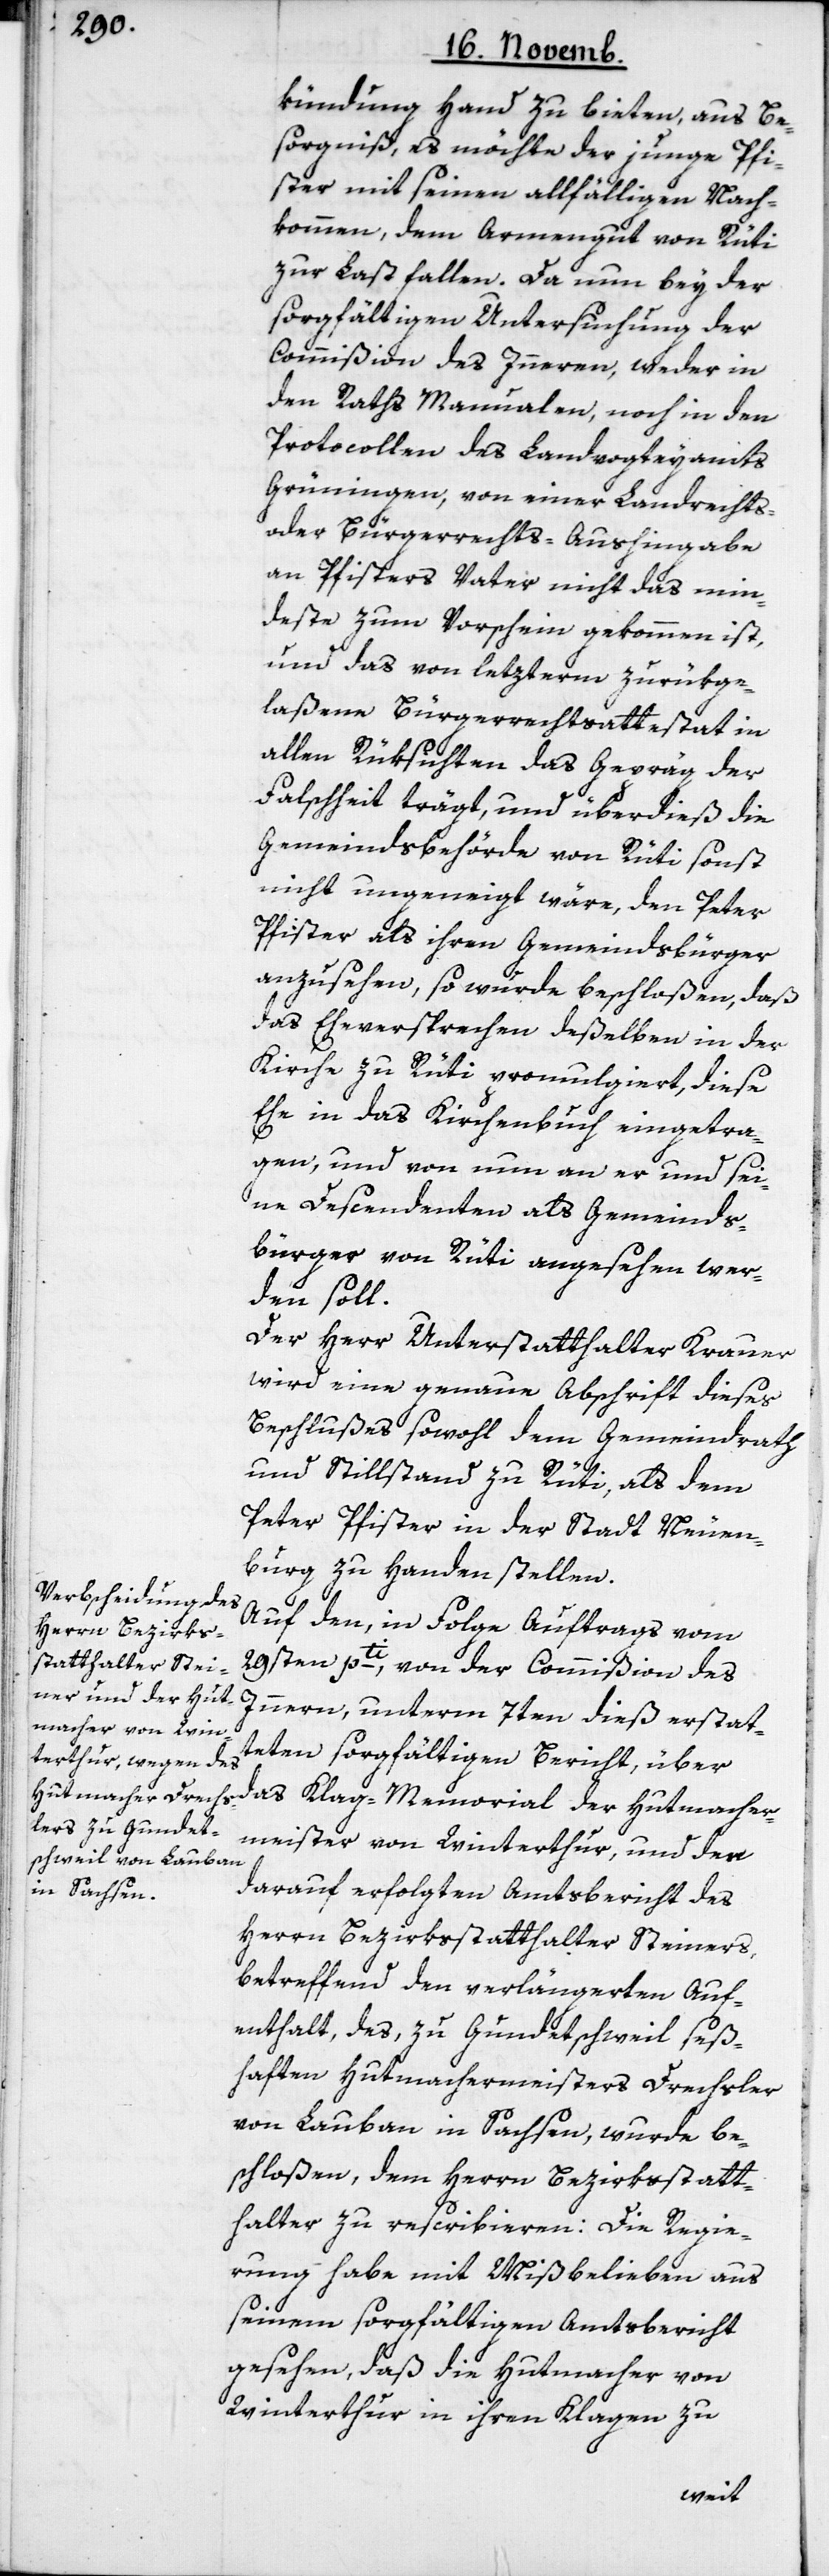
kündigung Hand zu bieten, aus Be¬
sorgniß, es möchte der junge Pfi¬
ster mit seinen allfälligen Nach¬
kommen, dem Armengut von Rüti
zur Last fallen. Da nun bey der
sorgfältigen Untersuchung der
Commißion des Innern, weder in
den Raths Manualen, noch in den
Protocollen des Landvogteyamts
Grüningen, von einer Landrechts-
oder Bürgerrechts-Aushingabe
an Pfisters Vater nicht das min¬
deste zum Vorschein gekommen ist,
und das von letzterem zurükge¬
laßene Bürgerrechtsattestat in
allen Rüksichten das Gepräg der
Falschheit trägt, und überdieß die
Gemeindsbehörde von Rüti sonst
nicht ungeneigt wäre, den Peter
Pfister als ihren Gemeindsbürger
anzusehen, so wurde beschloßen, daß
das Eheversprechen deßelben in der
Kirche zu Rüti promulgiert, diese
Ehe in das Kirchenbuch eingetra¬
gen, und von nun an er und sei¬
ne Descendenten als Gemeinds¬
bürger von Rüti angesehen wer¬
den soll.
Der Herr Unterstatthalter Krauer
wird eine genaue Abschrift dieses
Beschlußes sowohl dem Gemeindrath
und Stillstand zu Rüti, als dem
Peter Pfister in der Stadt Neuen¬
burg zu Handen stellen.
Auf den, in Folge Auftrags vom
29sten pti, von der Commißion des
Innern, unterm 7ten dieß erstatt¬
eten sorgfältigen Bericht, über
das Klag-Memorial der Hutmacher¬
meister von Winterthur, und den
darauf erfolgten Amtsbericht des
Herrn Bezirksstatthalter Steiners,
betreffend den verlängerten Auf¬
enthalt, des, zu Gundetschweil seß¬
haften Hutmachermeisters Drechsler
von Lauban in Sachsen, wurde be¬
schloßen, dem Herrn Bezirksstatt¬
halter zu rescribieren: Die Regie¬
rung habe mit Mißbelieben aus
seinem sorgfältigen Amtsbericht
gesehen, daß die Hutmacher von
Winterthur in ihren Klagen zu